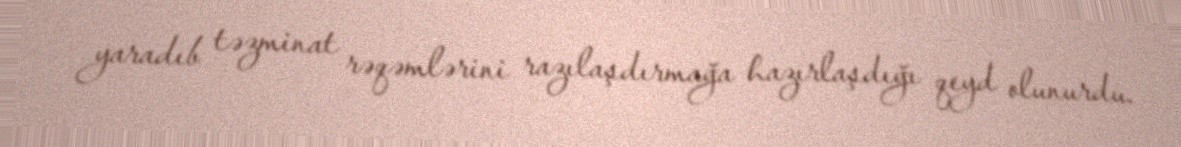
yaradıb təzminat rəqəmlərini razılaşdırmağa hazırlaşdığı qeyd olunurdu.